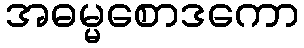
အဓမ္မစောဒကော